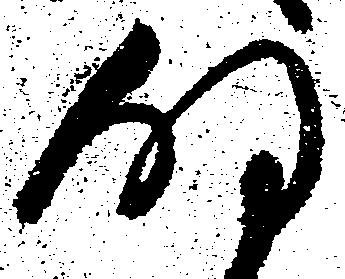
明